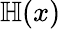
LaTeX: \mathbb H(x)